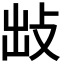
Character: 𢼍